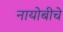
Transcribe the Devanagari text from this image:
नायोबीचे